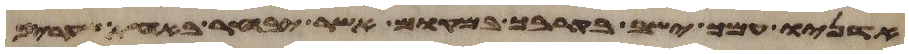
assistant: אדניו עמך ישב בקרבך במקום אשר יבחר באחת שעריך